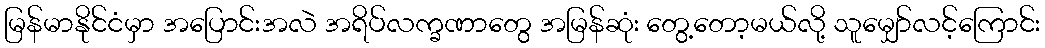
မြန်မာနိုင်ငံမှာ အပြောင်းအလဲ အရိပ်လက္ခဏာတွေ အမြန်ဆုံး တွေ့တော့မယ်လို့ သူမျှော်လင့်ကြောင်း